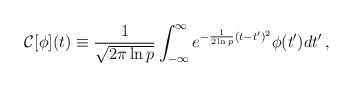
\begin{align*}{\cal C}[\phi](t) \equiv {1 \over \sqrt{2 \pi \ln p}} \int_{-\infty}^\infty{e^{-{1\over 2\ln p} (t-t')^2}\phi(t') dt'} \,,\end{align*}